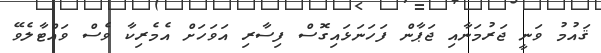
ޤައުމު ވަނީ ޖަރުމަނާއި ޖަޕާން ފަހަނަޅައިގޮސް ފިސާރި އަވަހަށް އެމެރިކާ ވެސް ވައްޓާލެވޭ